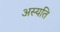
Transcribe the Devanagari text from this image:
अस्यति